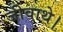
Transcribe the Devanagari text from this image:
जीवाथे।